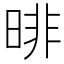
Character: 㫵